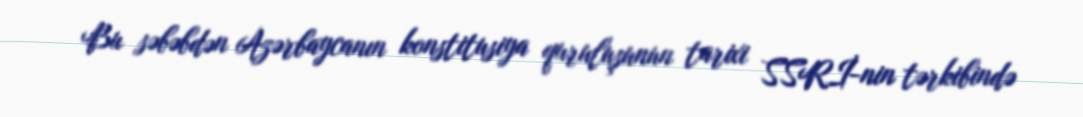
Bu səbəbdən Azərbaycanın konstitusiya quruluşunun tarixi SSRİ-nin tərkibində